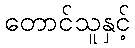
တောင်သူနှင့်